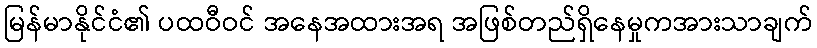
မြန်မာနိုင်ငံ၏ ပထဝီဝင် အနေအထားအရ အဖြစ်တည်ရှိနေမှုကအားသာချက်